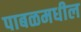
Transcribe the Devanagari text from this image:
पाबळमधील